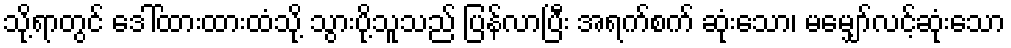
သို့ရာတွင် ဒေါ်ထားထားထံသို့ သွားပို့သူသည် ပြန်လာပြီး အရက်စက် ဆုံးသော၊ မမျှော်လင့်ဆုံးသော